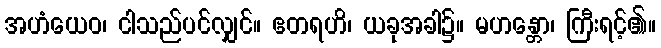
အဟံယေဝ၊ ငါသည်ပင်လျှင်။ ဧတရဟိ၊ ယခုအခါ၌။ မဟန္တော၊ ကြီးရင့်၏။